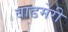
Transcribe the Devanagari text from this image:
बाडमेरी